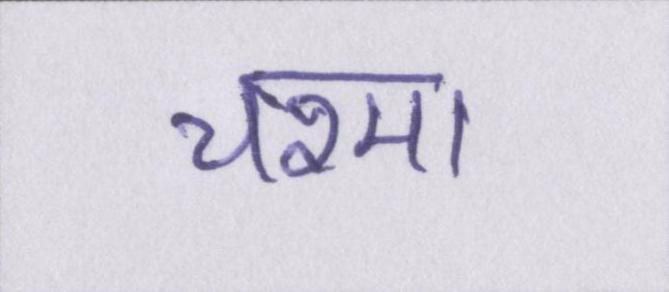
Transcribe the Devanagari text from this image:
चश्मा